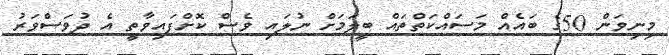
މިނިވަން 50ގެ ބައެއް މަސައްކަތްތައް ބީލަމަށް ނުލައި ވެސް ކޮށްފައިވާތީ އެ ދުވަސްވަރު